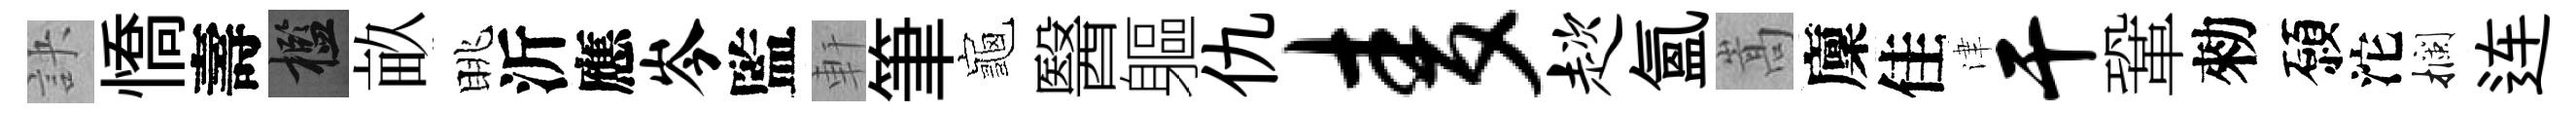
訣憍壽檻畝眺沂應岑監軒筆龜醫軀仇麦趑氲嵩廩佳津干鞏勑願沱攔连